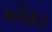
ઓફર